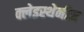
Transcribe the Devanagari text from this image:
क्लेइस्थेनीज